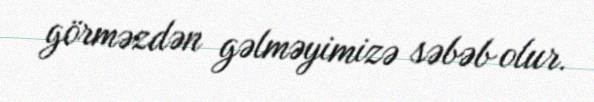
görməzdən gəlməyimizə səbəb olur.